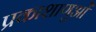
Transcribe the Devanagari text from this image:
प्रकाशाणुओं